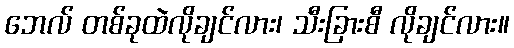
ဘေလ် တစ်ခုထဲလိုချင်လား၊ သီးခြားစီ လိုချင်လား။